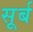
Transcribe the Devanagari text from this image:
सूर्ब